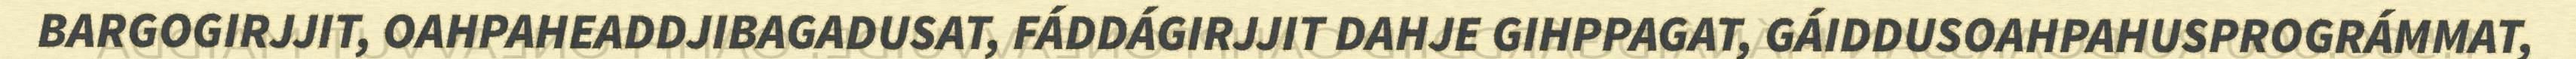
BARGOGIRJJIT, OAHPAHEADDJIBAGADUSAT, FÁDDÁGIRJJIT DAHJE GIHPPAGAT, GÁIDDUSOAHPAHUSPROGRÁMMAT,